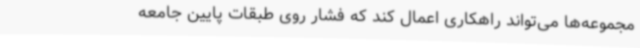
مجموعه‌ها می‌تواند راهکاری اعمال کند که فشار روی طبقات پایین جامعه